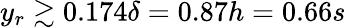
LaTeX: y_{r}\gtrsim 0.174\delta=0.87h=0.66s